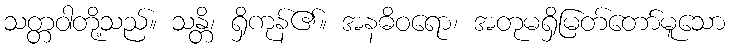
သတ္တဝါတို့သည်။ သန္တိ၊ ရှိကုန်၏။ အနဓိဝရော၊ အတုမရှိမြတ်တော်မူသော